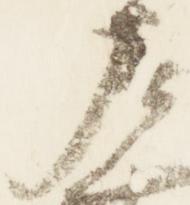
左